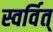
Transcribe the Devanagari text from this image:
स्वर्वित्